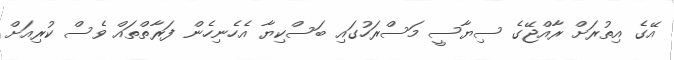
އޭގެ އިތުރަށް ރާއްޖޭގެ ސިޔާސީ މަސްރަހުގައި ބަސްކިޔާ އެހެނިހެން ފަރާތްތައް ވެސް ކުރިއަށް